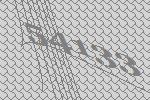
54133